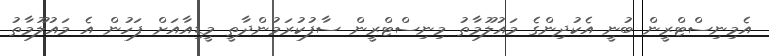
އެމިނިސްޓްރީން ބުނީ އެކުދިންގެ މައުލޫމާތު މިނިސްޓްރީން ސާފުކުރަމުންދާތީ މީޑިއާއަށް ފަހުން އެ މައުލޫމާތު